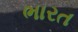
ભારત